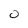
Character: 0